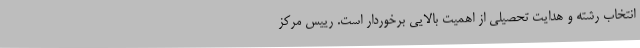
انتخاب رشته و هدایت تحصیلی از اهمیت بالایی برخوردار است. رییس مرکز